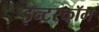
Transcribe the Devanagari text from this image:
इन्टरकॉम